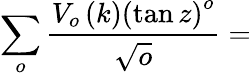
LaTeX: \sum_{o}\frac{V_{o}\left(k\right)\left(\tan z\right)^{o}}{\sqrt{o}}=